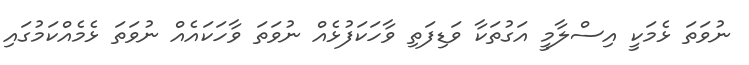
ނުވަތަ ޅެމަކީ އިސްލާމީ އަގުތަކާ ވަޑިފަތި ވާހަކަފުޅެއް ނުވަތަ ވާހަކައެއް ނުވަތަ ޅެމެއްކަމުގައި